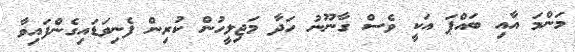
މަންމަ އާއި ބައްޕަ އަކީ ވެސް ގާނޫނު ހަދާ މަޖިލީހުން ކުރިން ފެނިވަޑައިގެންފައިވާ